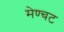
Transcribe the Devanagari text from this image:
मेण्चट